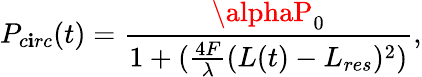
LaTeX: P_{c\mathbf{i}rc}(t)=\frac{{\alphaP_{0}}}{{1+(\frac{{4F}}{{\lambda}}(L(t)-L_{res})^{2})}},